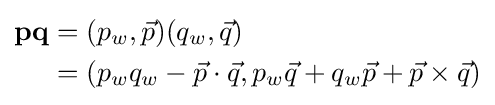
{\begin{aligned}\mathbf {pq} &=(p_{w},{\vec {p}})(q_{w},{\vec {q}})\\&=(p_{w}q_{w}-{\vec {p}}\cdot {\vec {q}},p_{w}{\vec {q}}+q_{w}{\vec {p}}+{\vec {p}}\times {\vec {q}})\\\end{aligned}}